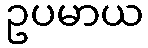
ဥပမာယ